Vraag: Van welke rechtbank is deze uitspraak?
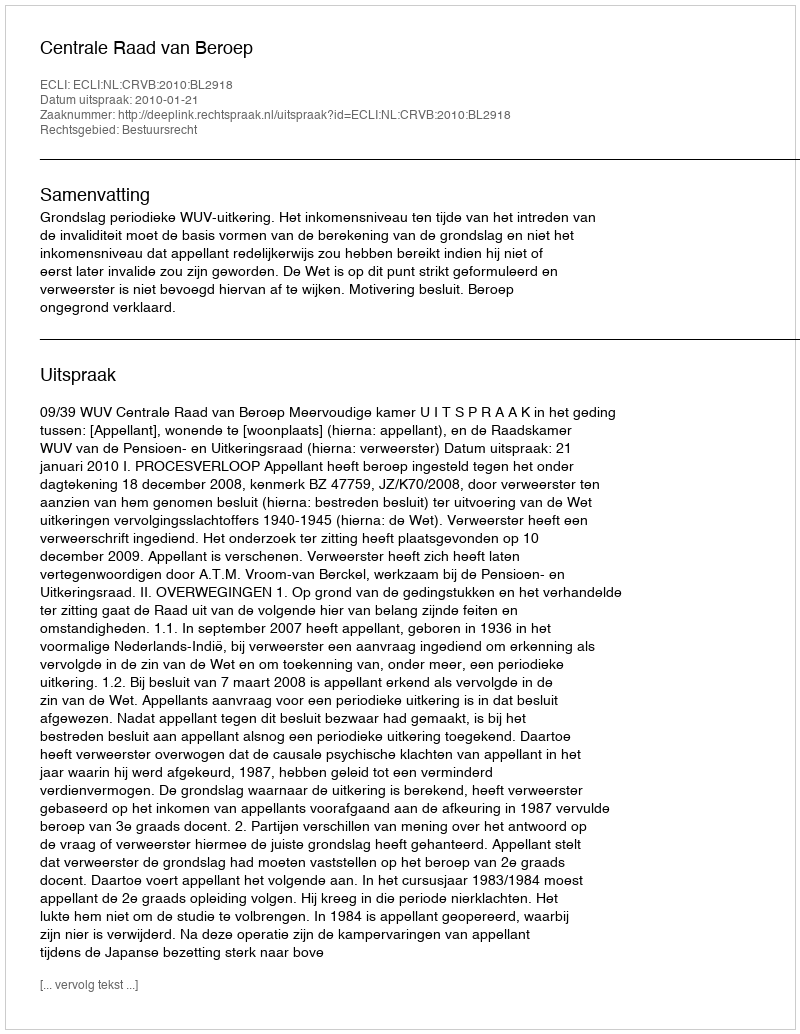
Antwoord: Centrale Raad van Beroep